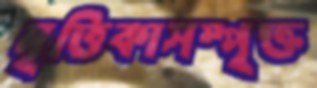
মৃত্তিকাসম্পৃক্ত